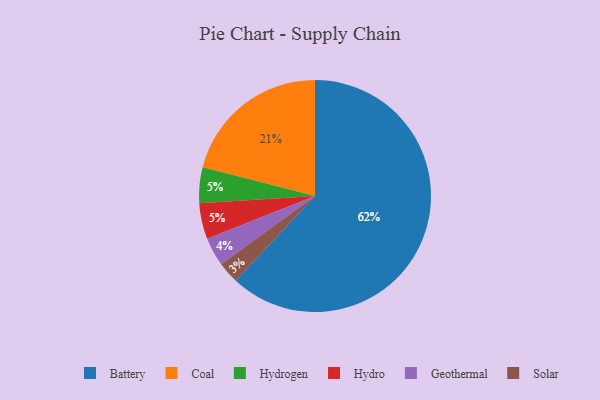
{"axis": {"x": "Category", "y": "Percentage"}, "legend": ["Battery", "Coal", "Geothermal", "Hydro", "Hydrogen", "Solar"], "data": [{"x": "Geothermal", "y": 4, "type": "Geothermal"}, {"x": "Hydrogen", "y": 5, "type": "Hydrogen"}, {"x": "Coal", "y": 21, "type": "Coal"}, {"x": "Hydro", "y": 5, "type": "Hydro"}, {"x": "Battery", "y": 62, "type": "Battery"}, {"x": "Solar", "y": 3, "type": "Solar"}]}